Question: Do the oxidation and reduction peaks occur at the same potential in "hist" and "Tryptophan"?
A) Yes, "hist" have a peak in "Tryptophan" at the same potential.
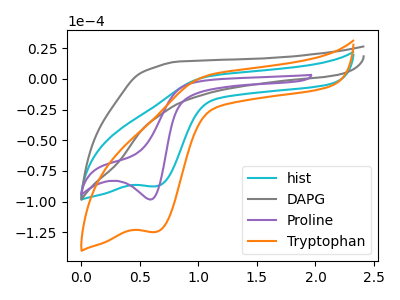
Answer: <think>The cyan curve "hist" has a cathodic peak at: (0.65V, -87.50uA). The gray curve "DAPG" has no peaks. The purple curve "Proline" has a cathodic peak at: (0.60V, -98.25uA). The orange curve "Tryptophan" has a cathodic peak at: (0.65V, -124.55uA).</think>
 <answer>A) Yes, "hist" have a peak in "Tryptophan" at the same potential.</answer>
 <eval>A</eval>